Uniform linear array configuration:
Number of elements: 24
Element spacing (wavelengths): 0.5
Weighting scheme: exponential
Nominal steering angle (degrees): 45
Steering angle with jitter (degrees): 44.257
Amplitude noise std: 0.05
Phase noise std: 0.05

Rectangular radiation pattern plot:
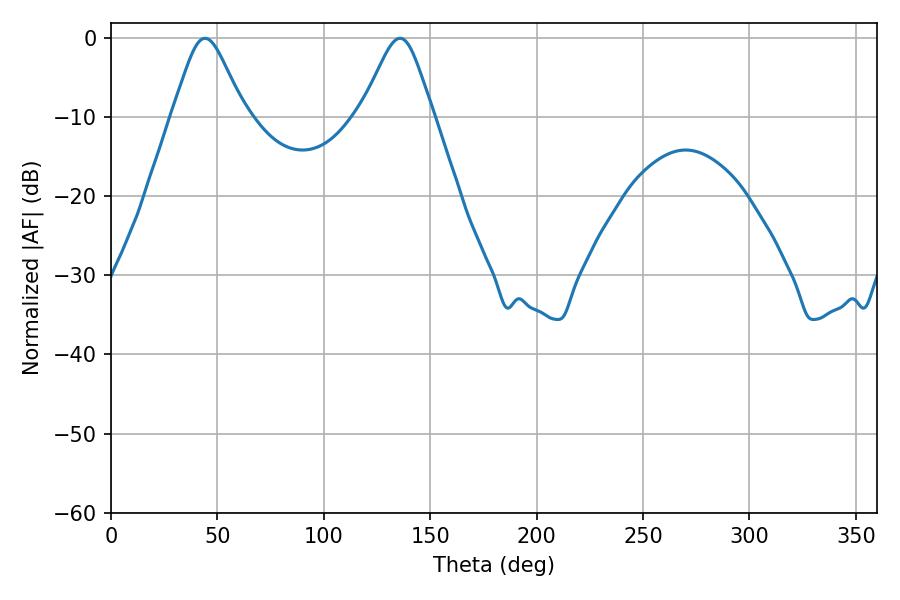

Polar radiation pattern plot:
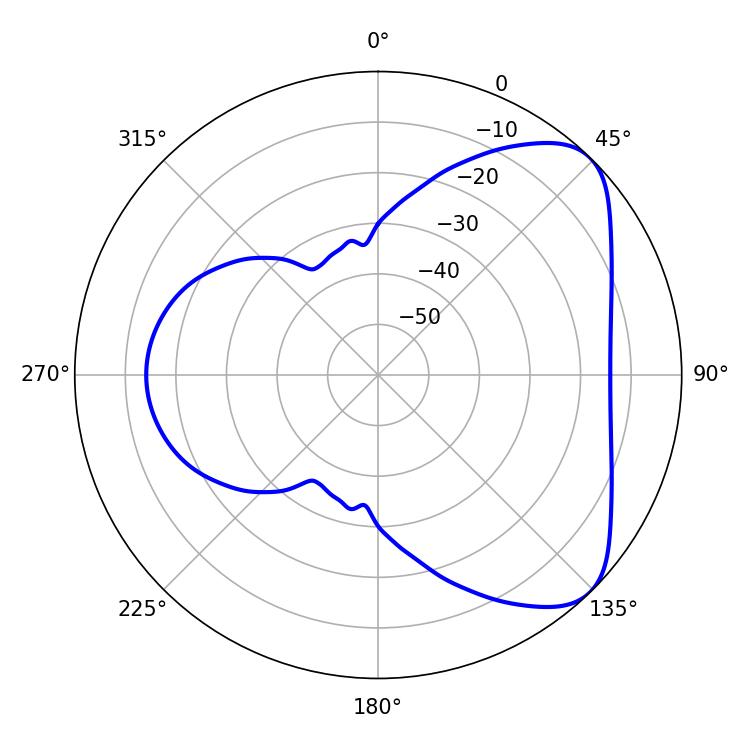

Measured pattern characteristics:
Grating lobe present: FALSE
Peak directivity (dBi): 6.136
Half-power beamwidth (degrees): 16.38
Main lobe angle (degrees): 44.1